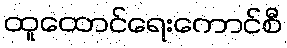
ထူထောင်ရေးကောင်စီ